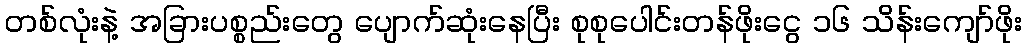
တစ်လုံးနဲ့ အခြားပစ္စည်းတွေ ပျောက်ဆုံးနေပြီး စုစုပေါင်းတန်ဖိုးငွေ ၁၆ သိန်းကျော်ဖိုး